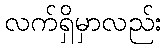
လက်ရှိမှာလည်း